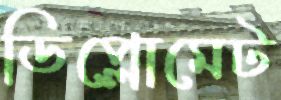
ডিপ্লোমেট